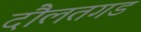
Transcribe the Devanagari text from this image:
दौलतगड